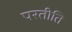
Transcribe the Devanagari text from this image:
परतीति